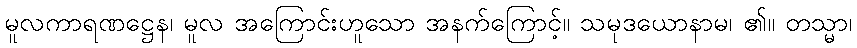
မူလကာရဏဋ္ဌေန၊ မူလ အကြောင်းဟူသော အနက်ကြောင့်။ သမုဒယောနာမ၊ ၏။ တသ္မာ၊